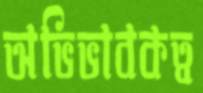
অভিভাবকত্ব